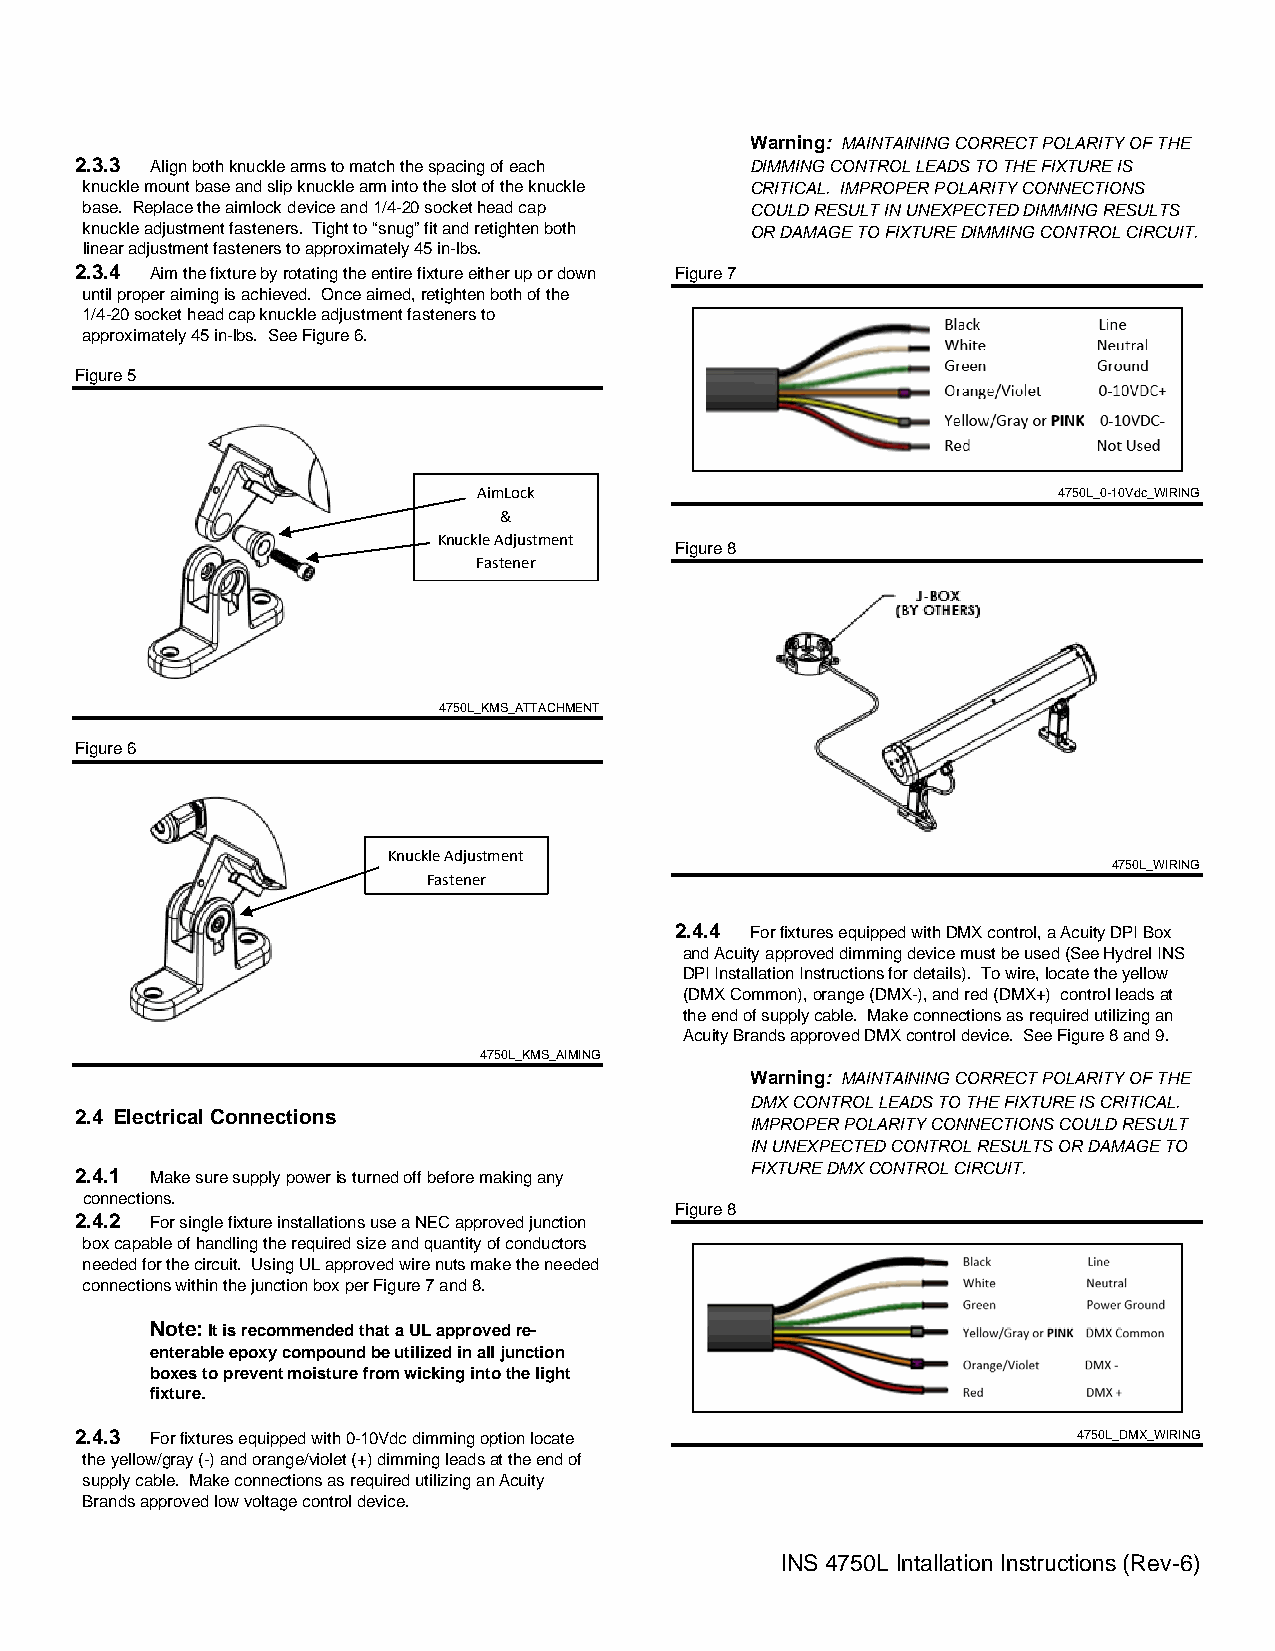
Warning: MAINTAINING CORRECT POLARITY OF THE
 2.3.3 Align both knuckle arms to match the spacing of each DIMMING CONTROL LEADS TO THE FIXTURE IS
 knuckle mount base and slip knuckle arm into the slot of the knuckle CRITICAL. IMPROPER POLARITY CONNECTIONS
 base. Replace the aimlock device and 1/4-20 socket head cap COULD RESULT IN UNEXPECTED DIMMING RESULTS
 knuckle adjustment fasteners. Tight to “snug” fit and retighten both OR DAMAGE TO FIXTURE DIMMING CONTROL CIRCUIT.
 linear adjustment fasteners to approximately 45 in-lbs.
 2.3.4 Aim the fixture by rotating the entire fixture either up or down Figure 7
 until proper aiming is achieved. Once aimed, retighten both of the
 1/4-20 socket head cap knuckle adjustment fasteners to
 approximately 45 in-lbs. See Figure 6.
 Figure 5
 AimLock                               4750L_0-10Vdc_WIRING
 &
 Knuckle Adjustment
 Figure 8
 Fastener
 4750L_KMS_ATTACHMENT
 Figure 6
 Knuckle Adjustment
 4750L_WIRING
 Fastener
 2.4.4 For fixtures equipped with DMX control, a Acuity DPI Box
 and Acuity approved dimming device must be used (See Hydrel INS
 DPI Installation Instructions for details). To wire, locate the yellow
 (DMX Common), orange (DMX-), and red (DMX+) control leads at
 the end of supply cable. Make connections as required utilizing an
 Acuity Brands approved DMX control device. See Figure 8 and 9.
 4750L_KMS_AIMING
 Warning: MAINTAINING CORRECT POLARITY OF THE
 DMX CONTROL LEADS TO THE FIXTURE IS CRITICAL.
 2.4 Electrical Connections
 IMPROPER POLARITY CONNECTIONS COULD RESULT
 IN UNEXPECTED CONTROL RESULTS OR DAMAGE TO
 FIXTURE DMX CONTROL CIRCUIT.
 2.4.1 Make sure supply power is turned off before making any
 connections.
 Figure 8
 2.4.2 For single fixture installations use a NEC approved junction
 box capable of handling the required size and quantity of conductors
 needed for the circuit. Using UL approved wire nuts make the needed
 connections within the junction box per Figure 7 and 8.
 Note: It is recommended that a UL approved re-
 enterable epoxy compound be utilized in all junction
 boxes to prevent moisture from wicking into the light
 fixture.
 2.4.3 For fixtures equipped with 0-10Vdc dimming option locate    4750L_DMX_WIRING
 the yellow/gray (-) and orange/violet (+) dimming leads at the end of
 supply cable. Make connections as required utilizing an Acuity
 Brands approved low voltage control device.
 INS 4750L Intallation Instructions (Rev-6)